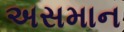
અસમાન